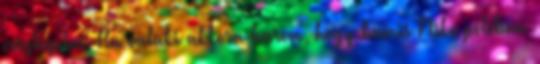
vesztegetni. Ha valaki akkora barom, hogy hamis Nike pólóban